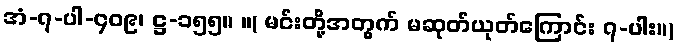
အံ-၇-ပါ-၄၀၉၊ ဋ္ဌ-၁၅၅။ ။( မင်းတို့အတွက် မဆုတ်ယုတ်ကြောင်း ၇-ပါး။)